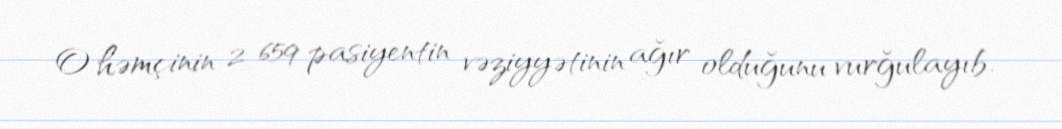
O həmçinin 2 659 pasiyentin vəziyyətinin ağır olduğunu vurğulayıb.